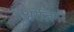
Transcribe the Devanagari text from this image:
अरेज़िनी